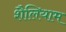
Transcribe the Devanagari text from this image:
शैलियाम